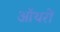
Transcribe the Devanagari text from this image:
ऑथरों